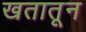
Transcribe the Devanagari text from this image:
खतातून